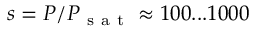
s = P / P _ { \mathrm { ~ s ~ a ~ t ~ } } \approx 1 0 0 . . . 1 0 0 0